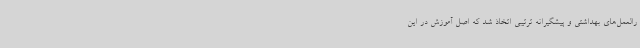
رالعمل‌های بهداشتی و پیشگیرانه ترتیبی اتخاذ شد که اصل آموزش در این